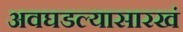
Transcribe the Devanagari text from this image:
अवघडल्यासारखं